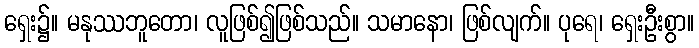
ရှေး၌။ မနုဿဘူတော၊ လူဖြစ်၍ဖြစ်သည်။ သမာနော၊ ဖြစ်လျက်။ ပုရေ၊ ရှေးဦးစွာ။